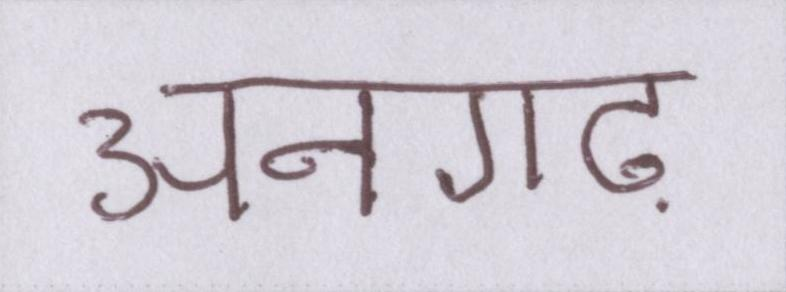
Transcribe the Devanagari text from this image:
अनगढ़